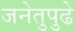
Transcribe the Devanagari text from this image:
जनेतुपुढे